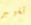
تغيير